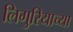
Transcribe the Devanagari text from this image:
लिगुरियाच्या